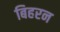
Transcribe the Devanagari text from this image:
बिहरन